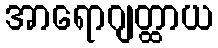
အာရောဂျတ္ထာယ